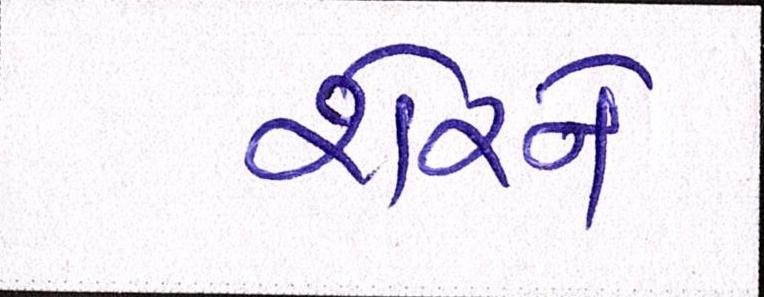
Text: શેરને